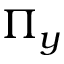
\Pi _ { y }